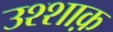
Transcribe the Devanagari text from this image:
उश्शाक़